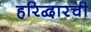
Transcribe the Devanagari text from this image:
हरिद्वारची